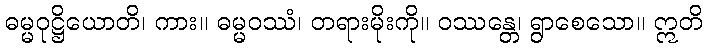
ဓမ္မဝုဋ္ဌိယောတိ၊ ကား။ ဓမ္မဝဿံ၊ တရားမိုးကို။ ဝဿန္တေ၊ ရွာစေသော။ ဣတိ